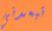
تبعدني